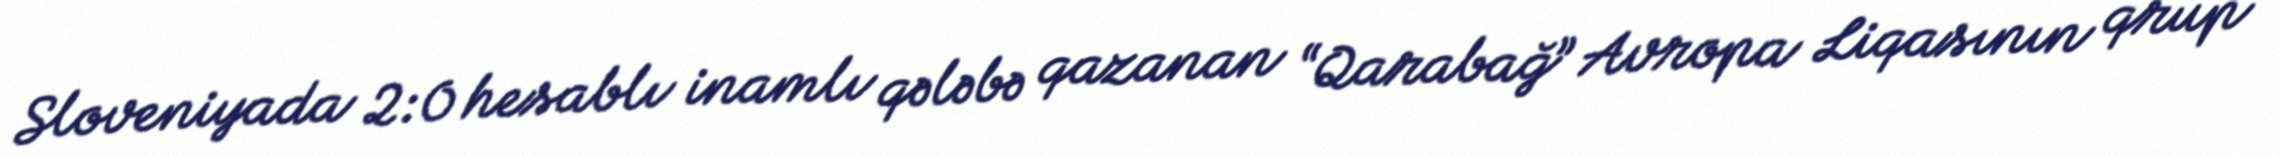
Sloveniyada 2:0 hesablı inamlı qələbə qazanan “Qarabağ” Avropa Liqasının qrup